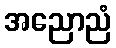
အညောညံ